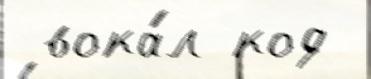
 вока́л код